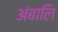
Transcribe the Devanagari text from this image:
अंबालि